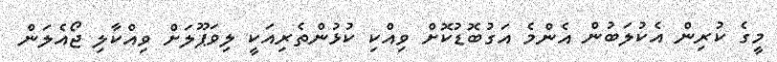
މީގެ ކުރިން އެކުލަބުން އެންމެ އަގުބޮޑުކޮށް ވިއްކި ކުޅުންތެރިއަކީ ލިވަޕޫލަށް ވިއްކާލި ޖޯއެލަން